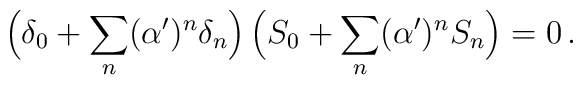
\Big(\delta_0 + \sum_n (\alpha')^n \delta_n\Big)\,\Big( S_0 + \sum_{n}(\alpha')^n S_n\Big)=0\, .